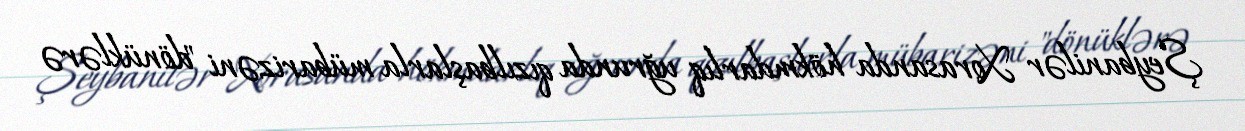
Şeybanilər Xorasanda hökmdarlıq uğrunda qızılbaşlarla mübarizəni "dönüklərə